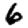
Digit: 6